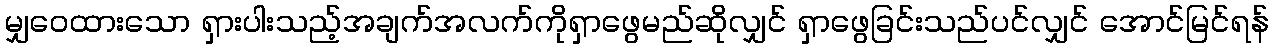
မျှဝေထားသော ရှားပါးသည့်အချက်အလက်ကိုရှာဖွေမည်ဆိုလျှင် ရှာဖွေခြင်းသည်ပင်လျှင် အောင်မြင်ရန်